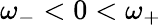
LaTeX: \omega_{-}<0<\omega_{+}